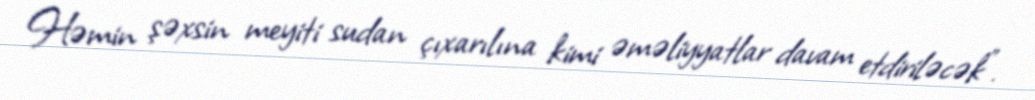
Həmin şəxsin meyiti sudan çıxarılına kimi əməliyyatlar davam etdiriləcək”.